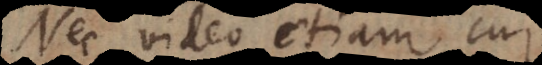
Nec video etiam cur